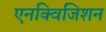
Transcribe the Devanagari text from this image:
एनक्विजिशन